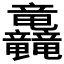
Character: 𮄿